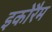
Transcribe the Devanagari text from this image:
इकोरैम